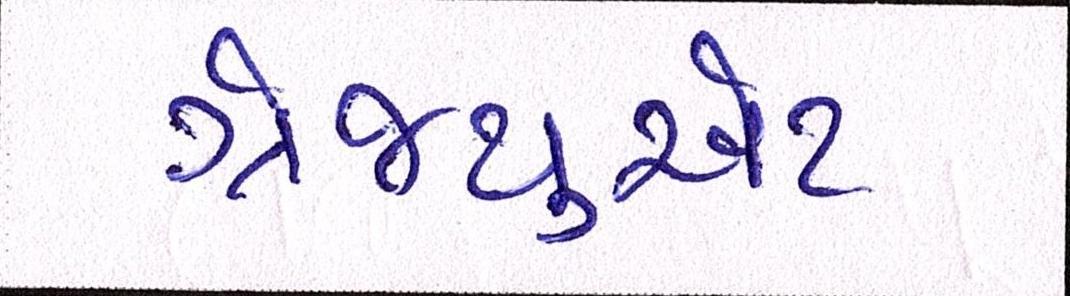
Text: ગ્રેજ્યુએટ